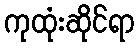
ကုထုံးဆိုင်ရာ